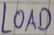
Text: LOAD